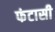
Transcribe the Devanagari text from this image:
फंटासी